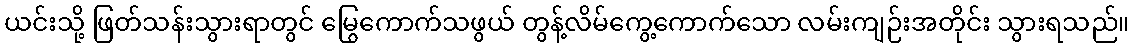
ယင်းသို့ ဖြတ်သန်းသွားရာတွင် မြွေကောက်သဖွယ် တွန့်လိမ်ကွေ့ကောက်သော လမ်းကျဉ်းအတိုင်း သွားရသည်။